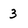
Character: 3